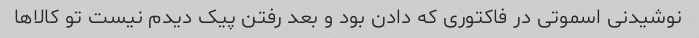
نوشیدنی اسموتی در فاکتوری که دادن بود و بعد رفتن پیک دیدم نیست تو کالاها